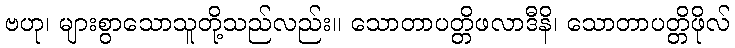
ဗဟု၊ များစွာသောသူတို့သည်လည်း။ သောတာပတ္တိဖလာဒီနိ၊ သောတာပတ္တိဖိုလ်